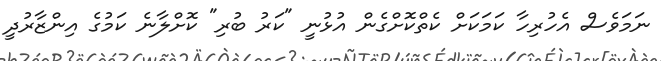
ނަމަވެސް އެހުރިހާ ކަމަކަށް ކެތްކޮށްގެން އުޅުނީ "ކަރު ބުރި" ކޮށްލާނެ ކަމުގެ އިންޒާރުދީ